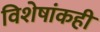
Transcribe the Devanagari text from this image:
विशेषांकही